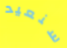
سنعيد